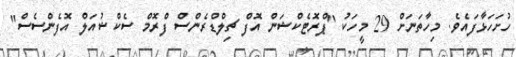
ހުށަހަޅާފައެވެ. މިހާތަނަށް 29 މީހަކު "ޕްރޮޓެކްޝަން އޮފް ޗިލްޑްރެންސް ފްރޮމް ސެކްޝުއަލް އޮފެންސެސް"